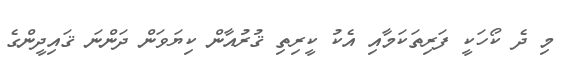
މި ދެ ކޯހަކީ ފަރިތަކަމާއި އެކު ކީރިތި ޤުރުއާން ކިޔަވަން ދަންނަ ޤައިދީންގެ